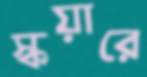
স্কয়ারে